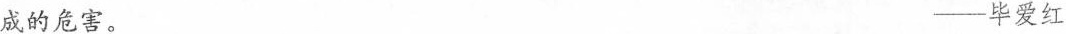
成的危害。 ——毕爱红